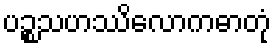
ပဉ္စသဟဿိလောကဓာတုံ